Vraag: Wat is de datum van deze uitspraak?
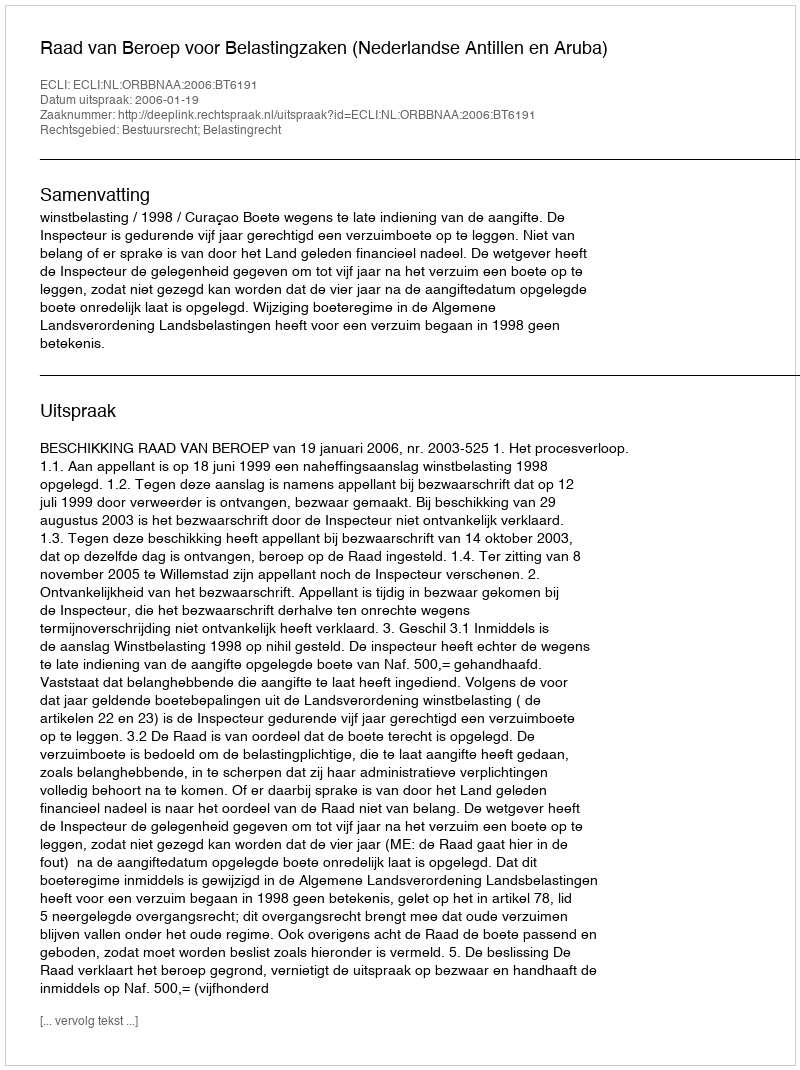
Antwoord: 2006-01-19